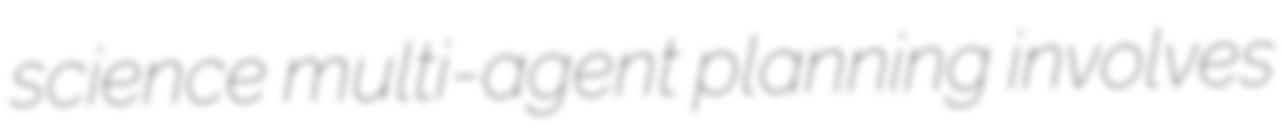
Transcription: science multi-agent planning involves